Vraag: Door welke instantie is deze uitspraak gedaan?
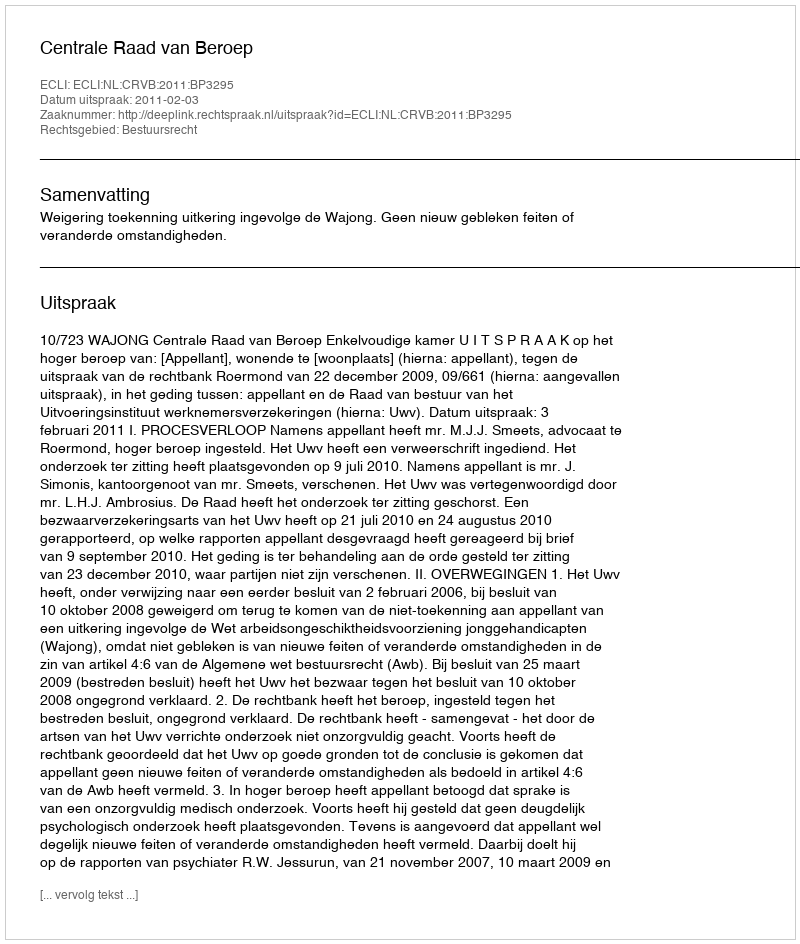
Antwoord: Centrale Raad van Beroep